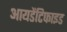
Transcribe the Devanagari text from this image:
आयडेंटिफाइड